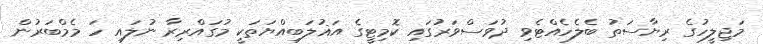
މަޖިލީހުގެ ރިޔާސަތު ބެލެހެއްޓެވި ދުވަސްވަރުގައި ކޮމިޓީގެ އަޣުލަބިއްޔަތަކީ މުގައްރިރާ ނުލައި ހަ މެމްބަރުން